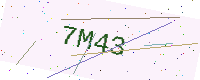
Text: 7M43